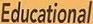
Educational